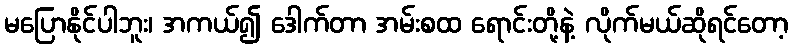
မပြောနိုင်ပါဘူး၊ အကယ်၍ ဒေါက်တာ အမ်းစထ ရောင်းတို့နဲ့ လိုက်မယ်ဆိုရင်တော့